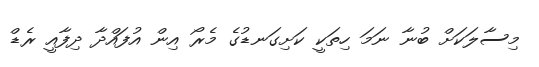
މިސާލަކަށް ބުނާ ނަމަ ހިތަކީ ކަށިގަނޑުގެ މެރޯ އިން އުފައްދާ ދިފާއީ ރެޑް